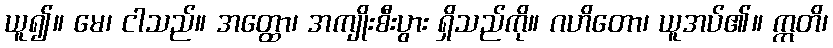
ယူ၍။ မေ၊ ငါသည်။ အတ္ထော၊ အကျိုးစီးပွား ရှိသည်ကို။ ဂဟိတော၊ ယူအပ်၏။ ဣတိ၊